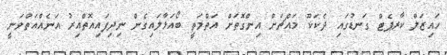
ހައިޒަލް ކާރޕެޓް ގަނޑުގައި ދެކަކޫ މައްޗަށް އިންގޮތަށް އަތްމަތީ ބޯއަޅާލައިގެން ނިދިފައިއޮތްއިރު އަނެއްއަތްވަނީ